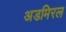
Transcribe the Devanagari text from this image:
अडमिरल